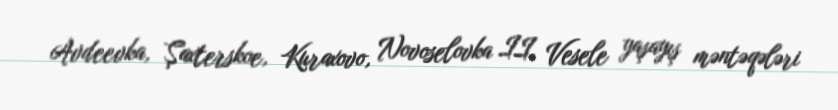
Avdeevka, Şaxterskoe, Kuraxovo, Novoselovka II, Vesele yaşayış məntəqələri